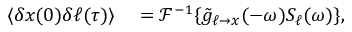
\begin{array} { r l } { \langle \delta x ( 0 ) \delta \ell ( \tau ) \rangle } & { { } = \mathcal { F } ^ { - 1 } \{ \tilde { g } _ { \ell \to x } ( - \omega ) S _ { \ell } ( \omega ) \} , } \end{array}